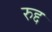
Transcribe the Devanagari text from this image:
रुद्द